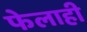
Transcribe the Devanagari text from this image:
फेलाही